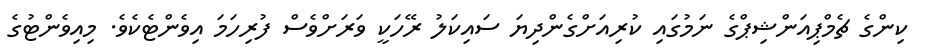
ކިންގެ ޗެމްޕިއަންޝިޕްގެ ނަމުގައި ކުރިއަށްގެންދިޔަ ސައިކަލު ރޭހަކީ ވަރަށްވެސް ފުރިހަމަ އިވެންޓެކެވެ. މިއިވެންޓުގެ